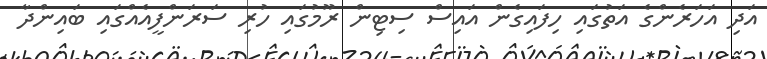
އަދި އަހަރެންގެ އަތުގައި ހިފައިގެން އައިސް ސިޓިން ރޫމުގައި ހުރި ސަރަންފީއެއްގައި ބައިންދާ